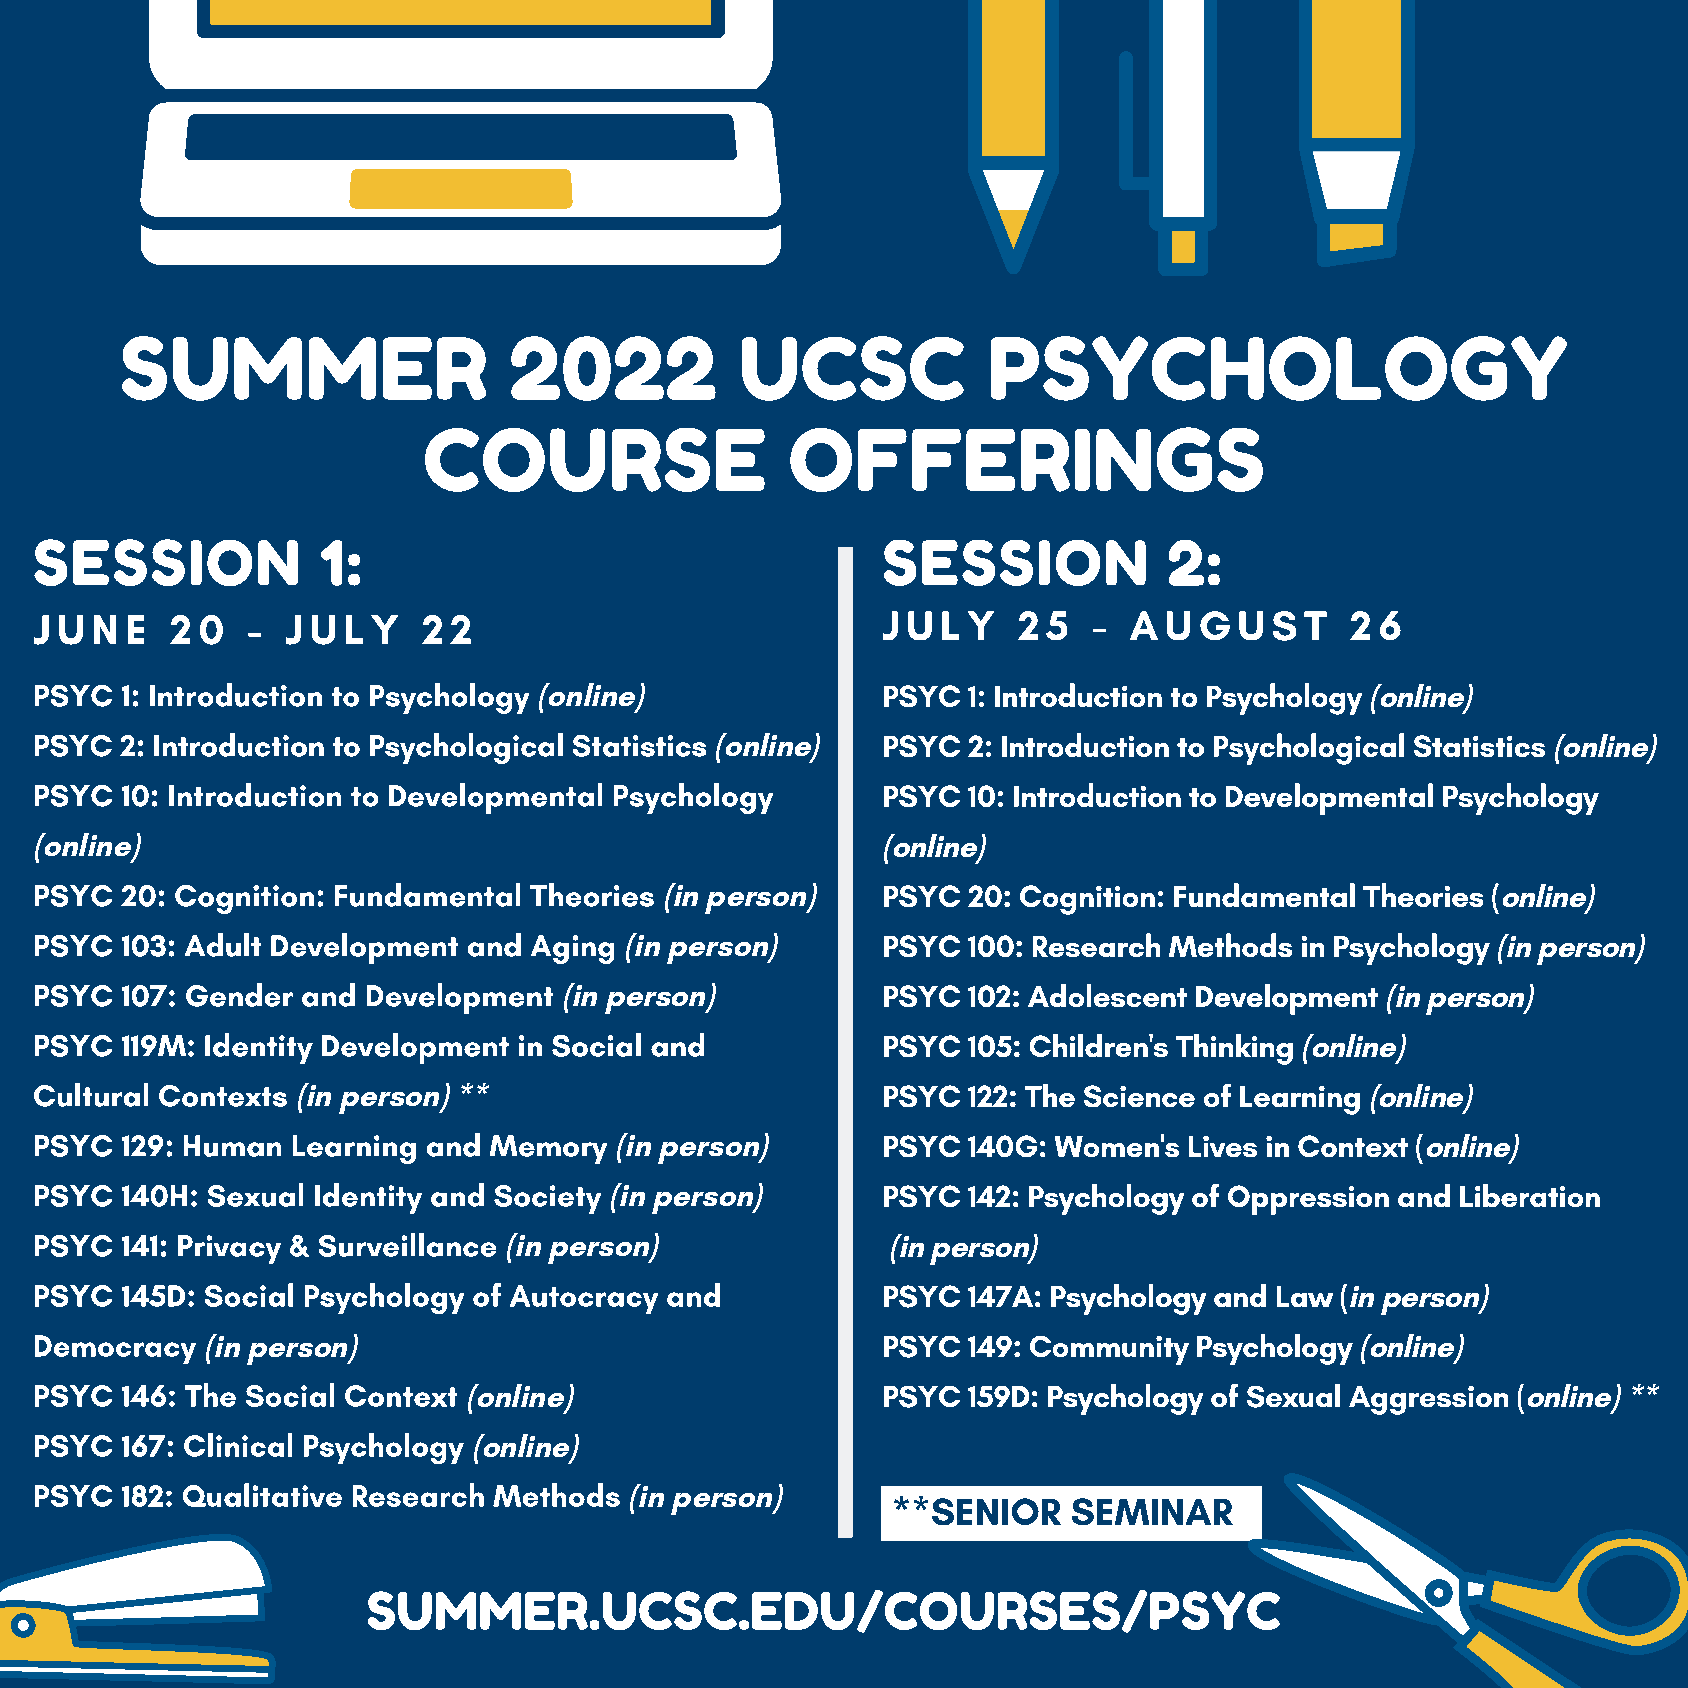
SUMMER                    2022           UCSC            PSYCHOLOGY
 COURSE                  OFFERINGS
 SESSION            1:                                   SESSION            2:
 J U N E  2 0  -  J U L Y  2 2                           J U L Y  2 5  -  A U G  U S T  2 6
 PSYC  1: Introduction to Psychology                     PSYC  1: Introduction to Psychology
 (online)                                               (online)
 PSYC  2: Introduction to Psychological Statistics       PSYC  2: Introduction to Psychological Statistics
 (online)                                                (online)
 PSYC  10: Introduction to Developmental Psychology      PSYC  10: Introduction to Developmental Psychology
 (online)                                                (online)
 PSYC  20: Cognition: Fundamental Theories               PSYC  20: Cognition: Fundamental Theories (
 (in person)                                            online)
 PSYC  103: Adult Development and Aging                  PSYC  100: Research Methods in Psychology
 (in person)                                               (in person)
 PSYC  107: Gender and Development                       PSYC  102: Adolescent Development
 (in person)                                            (in person)
 PSYC  119M: Identity Development in Social and          PSYC  105: Children's Thinking
 (online)
 Cultural Contexts                                       PSYC  122: The Science of Learning
 (in person) **                                                         (online)
 PSYC  129: Human Learning and Memory                    PSYC  140G: Women's  Lives in Context (
 (in person)                                          online)
 PSYC  140H: Sexual Identity and Society                 PSYC  142: Psychology of Oppression and Liberation
 (in person)
 PSYC  141: Privacy & Surveillance
 (in person)               (in person)
 PSYC  145D: Social Psychology of Autocracy and          PSYC  147A: Psychology and Law (
 in person)
 Democracy                                               PSYC  149: Community Psychology
 (in person)                                                                  (online)
 PSYC  146: The Social Context                           PSYC  159D: Psychology of Sexual Aggression (
 (online)                                                              online) **
 PSYC  167: Clinical Psychology
 (online)
 PSYC  182: Qualitative Research Methods
 (in person)      **SENIOR    SEMINAR
 SUMMER.UCSC.EDU/COURSES/PSYC